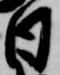
日